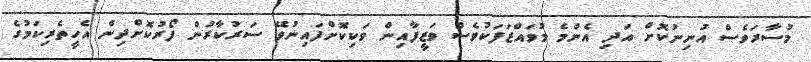
މުސާރަވެސް އުނިނުކޮށް އަދި އެންމެ މުވައްޒަފަކުވެސް ވަޒީފާއިން ވަކިކޮށްފައިނުވޭ ސަރުކާރުން ފޯރުކޮށްދިން އެހީތެރިކަމުގެ